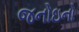
જનોઇનો